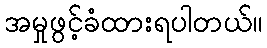
အမှုဖွင့်ခံထားရပါတယ်။